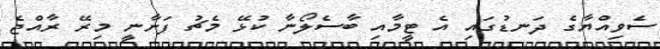
ސެވިއްޔާގެ ދަނޑުގައި އެ ޓީމާއި ބާސެލޯނާ ކުޅޭ މެޗު ފަށާނީ މިރޭ ރާއްޖެ